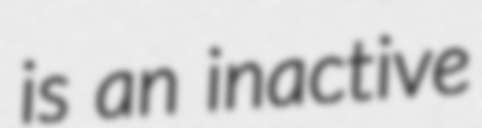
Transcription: is an inactive